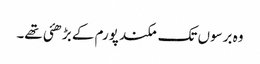
وہ برسوں تک مکند پورم کے بڑھئی تھے۔